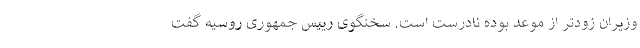
وزیران زودتر از موعد بوده نادرست است. سخنگوی رییس جمهوری روسیه گفت